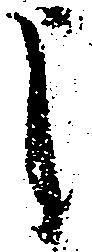
申